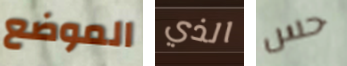
الموضع الذي حس